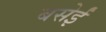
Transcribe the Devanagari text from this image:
बसेईं